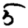
Digit: 5